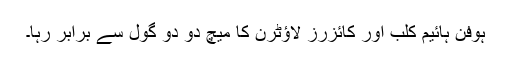
ہوفن ہائیم کلب اور کائزرز لاؤٹرن کا میچ دو دو گول سے برابر رہا۔